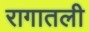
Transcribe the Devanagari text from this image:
रागातली